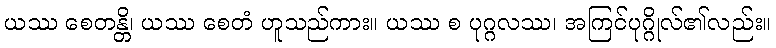
ယဿ စေတန္တိ၊ ယဿ စေတံ ဟူသည်ကား။ ယဿ စ ပုဂ္ဂလဿ၊ အကြင်ပုဂ္ဂိုလ်၏လည်း။